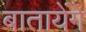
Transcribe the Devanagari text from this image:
बातायेंगे